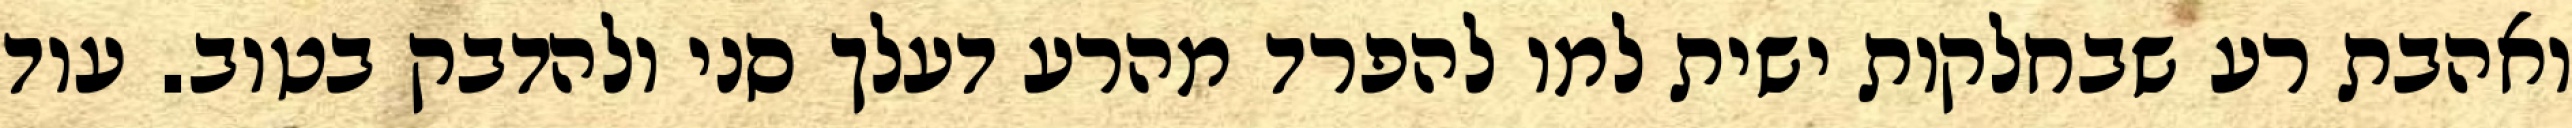
ואהבת רע שבחלקות ישית למו להפרד מהרע דעלך סני ולהדבק בטוב. עוד